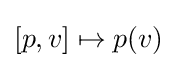
[p,v]\mapsto p(v)